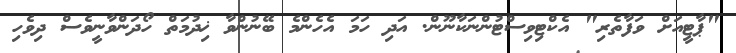
"ޕާޓީއަށް ވަފާތެރި" އެކްޓިވިސްޓުންނަކާނޫން. އަދި ހަމަ އެހެންމެ ބޭނުންވާ ޚިދުމަތް ހޯދަންވާނީވެސް ދިވެހި